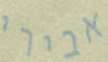
אבירי